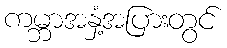
ကမ္ဘာအနှံ့အပြားတွင်